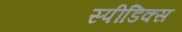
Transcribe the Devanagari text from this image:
स्पीडिक्स